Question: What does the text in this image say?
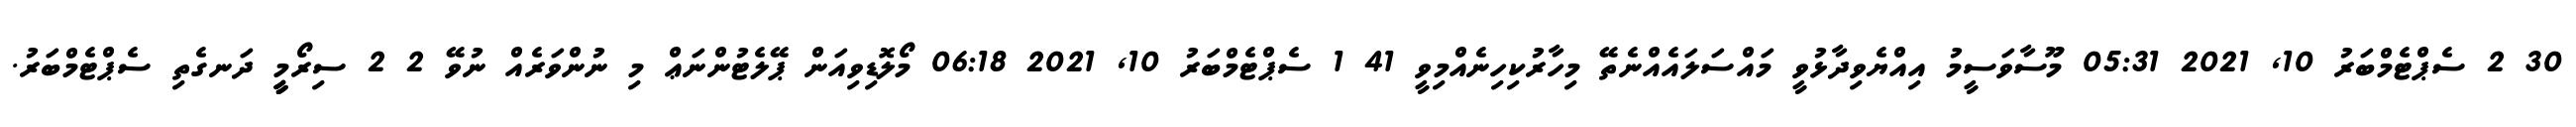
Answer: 30 2 ސެޕްޓެމްބަރު 10, 2021 05:31 މޫސާވަސީމު އިއްޔެވިދާޅުވީ މައްސަލައެއްނެތޭ މިހާރުކިހިނެއްމިވީ 41 1 ސެޕްޓެމްބަރު 10, 2021 06:18 މޯލޮޑިވިއަން ޕޭލެޓުންނަޢް މި ނުންވަރެއް ނުވޭ 2 2 ސިރޯމީީީ ދަނގެތި ސެޕްޓެމްބަރު.